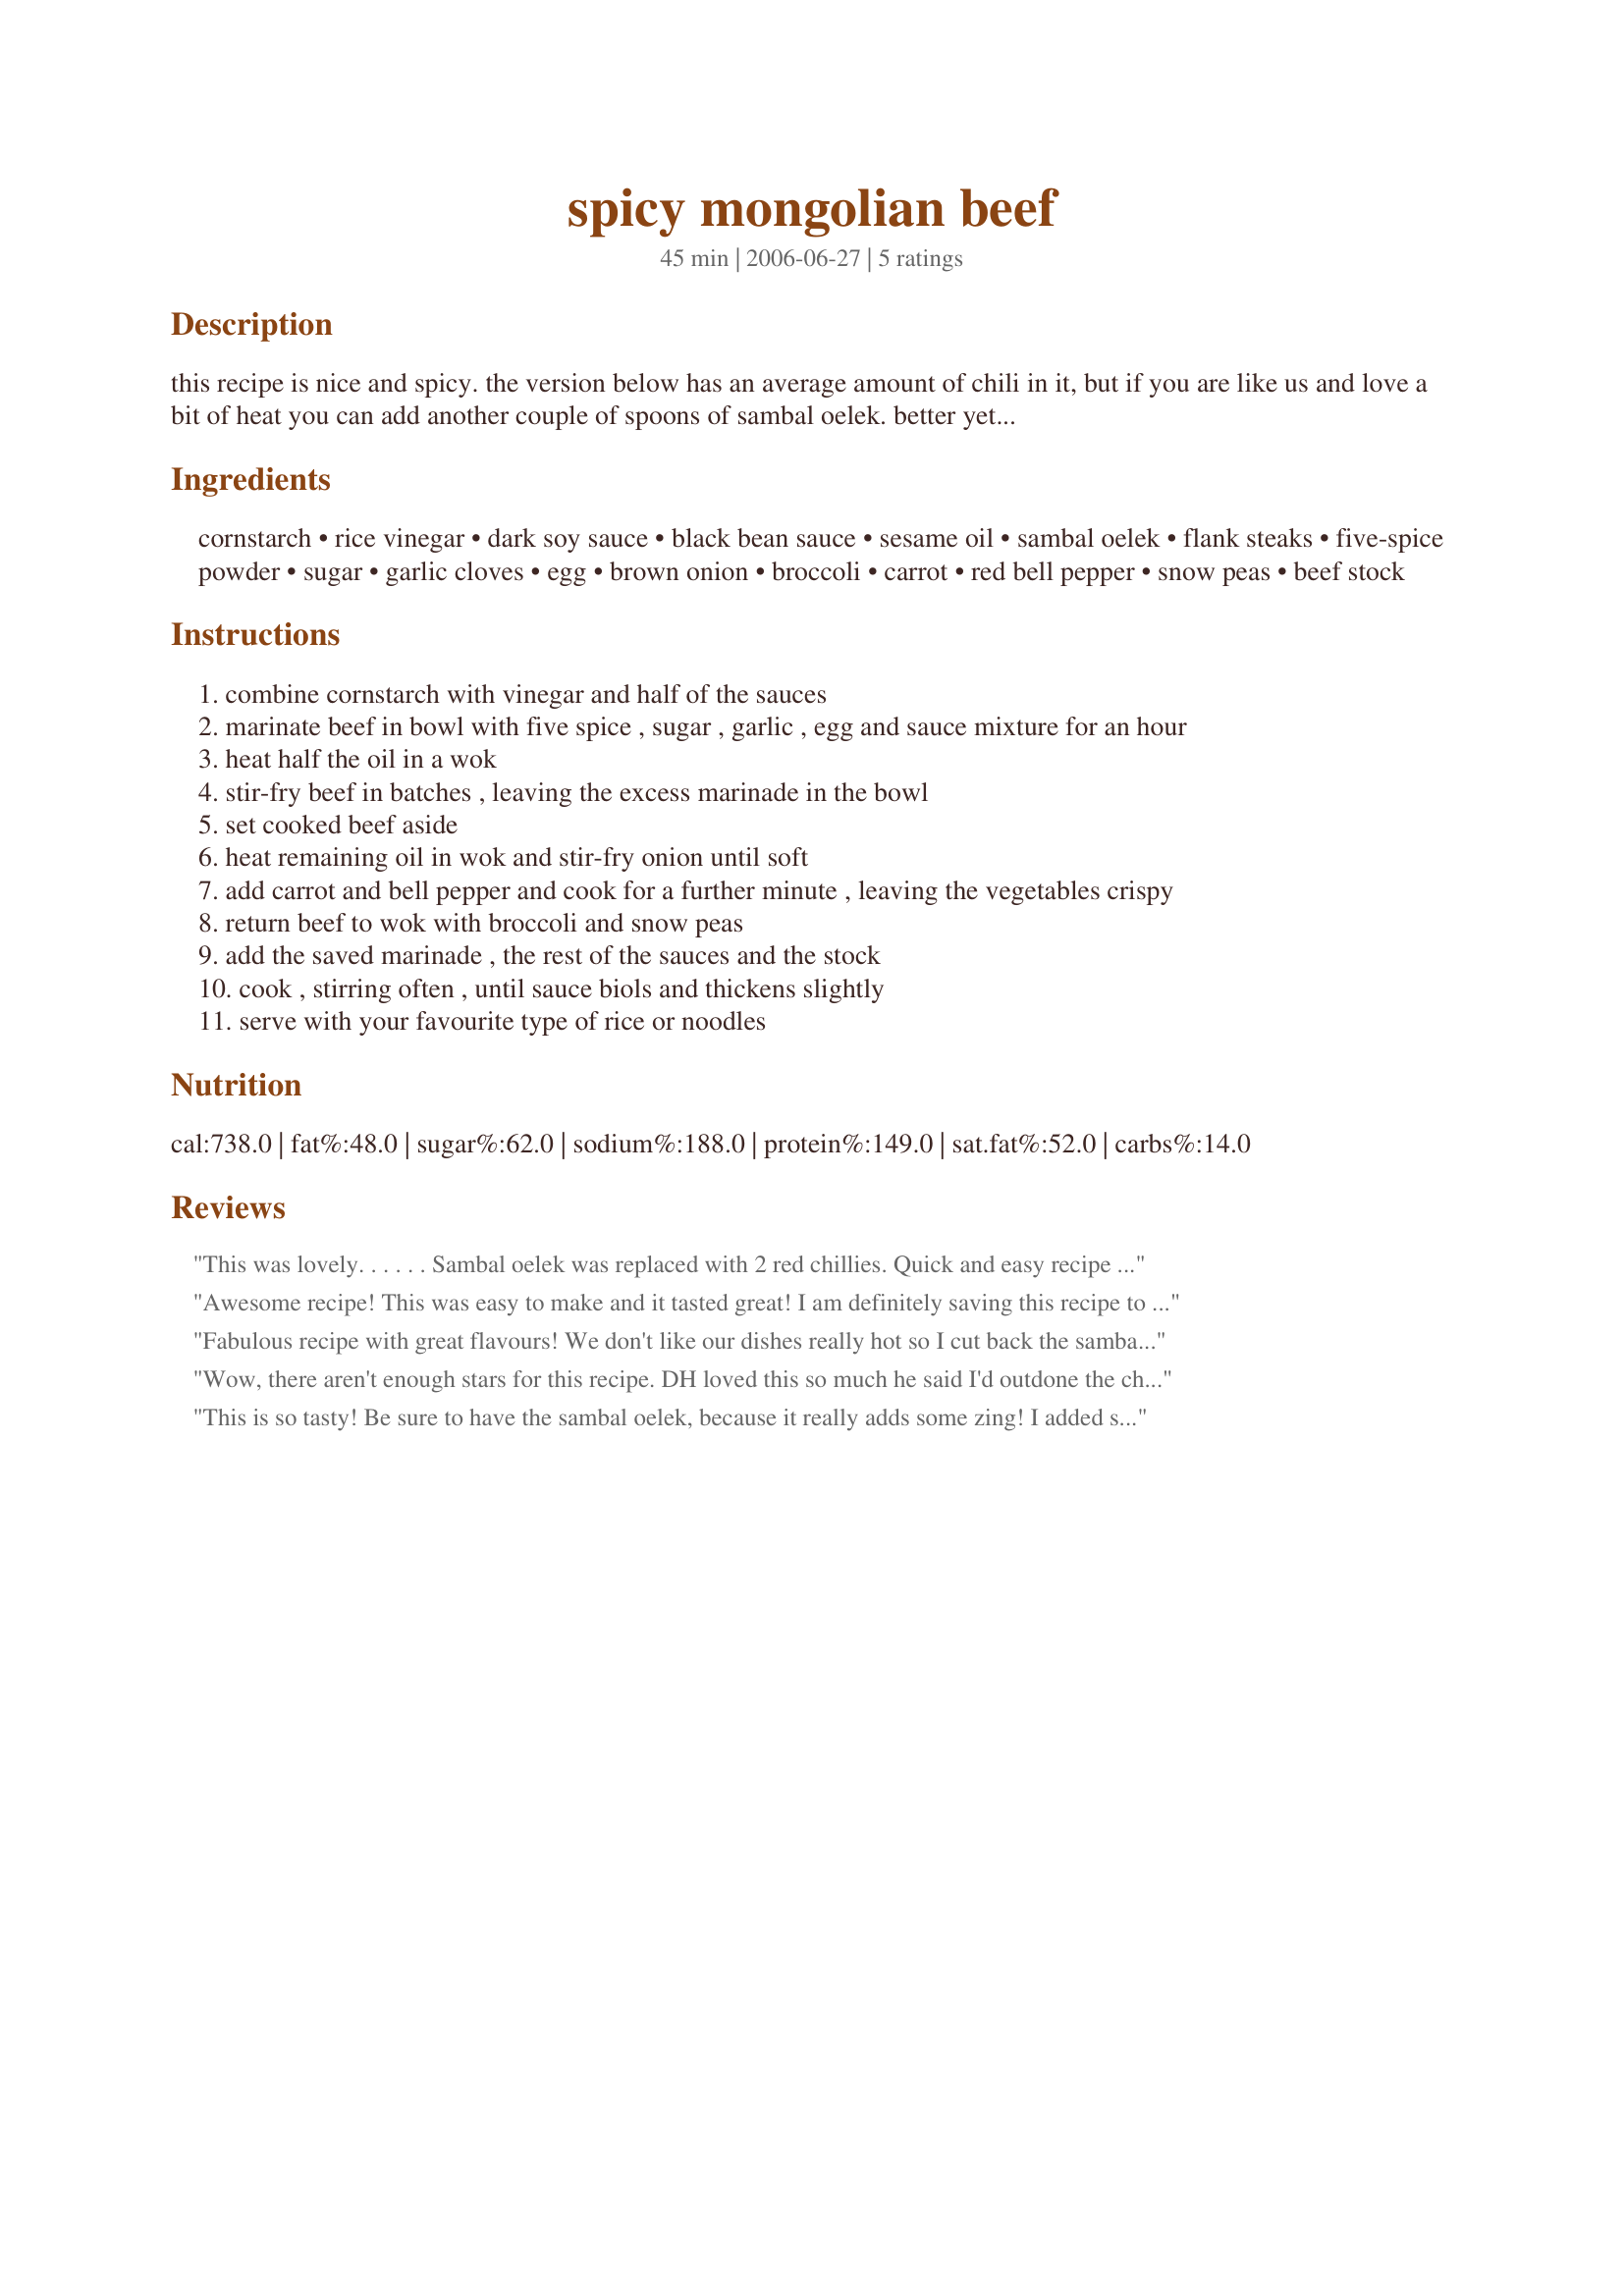
spicy mongolian beef
Preparation time: 45 minutes

this recipe is nice and spicy. the version below has an average amount of chili in it, but if you are like us and love a bit of heat you can add another couple of spoons of sambal oelek. better yet, go crazy with some sriracha sauce or some fresh chilies. this recipe is adapted from an australian women's weekly cookbook. update: changed the cut of meat after the first review to make it more relevant to north america.

Ingredients:
cornstarch, rice vinegar, dark soy sauce, black bean sauce, sesame oil, sambal oelek, flank steaks, five-spice powder, sugar, garlic cloves, egg, brown onion, broccoli, carrot, red bell pepper, snow peas, beef stock

Steps:
combine cornstarch with vinegar and half of the sauces
marinate beef in bowl with five spice , sugar , garlic , egg and sauce mixture for an hour
heat half the oil in a wok
stir-fry beef in batches , leaving the excess marinade in the bowl
set cooked beef aside
heat remaining oil in wok and stir-fry onion until soft
add carrot and bell pepper and cook for a further minute , leaving the vegetables crispy
return beef to wok with broccoli and snow peas
add the saved marinade , the rest of the sauces and the stock
cook , stirring often , until sauce biols and thickens slightly
serve with your favourite type of rice or noodles

Reviews:
This was lovely. . . . . . Sambal oelek was replaced with 2 red chillies. Quick and easy recipe with ooooodles of taste.
Awesome recipe! This was easy to make and it tasted great! I am definitely saving this recipe to make again! I did not use the black bean sauce and i used regular soy not dark and still it was excellent.
Fabulous recipe with great flavours! We don't like our dishes really hot so I cut back the sambal oelek to 1 1/2 tsp to be safe. It was very tasty & we agreed we could have handled it abit hotter. Increased the snow peas & used tenderloin for the flank, the rest we did as written. I can see making this recipe often, thank for sharing.
Wow, there aren't enough stars for this recipe. DH loved this so much he said I'd outdone the chinese restaurants! I followed the directions exactly & it was wonderful. Will make this again regularly. Thanks for sharing this recipe.
This is so tasty! Be sure to have the sambal oelek, because it really adds some zing! I added some baby corn with the vegies, and used sliced flank steak because I couldn't find rump steak. Thanks for posting this keeper!
